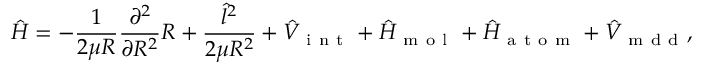
\hat { H } = - \frac { 1 } { 2 \mu R } \frac { \partial ^ { 2 } } { \partial R ^ { 2 } } R + \frac { \hat { l } ^ { 2 } } { 2 \mu R ^ { 2 } } + \hat { V } _ { \mathrm { ~ i ~ n ~ t ~ } } + \hat { H } _ { \mathrm { ~ m ~ o ~ l ~ } } + \hat { H } _ { \mathrm { ~ a ~ t ~ o ~ m ~ } } + \hat { V } _ { \mathrm { ~ m ~ d ~ d ~ } } ,